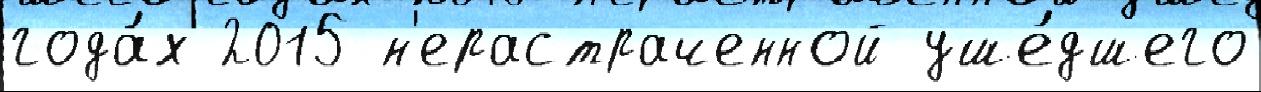
года́х 2015 н'ерастраченной уше́дшего